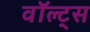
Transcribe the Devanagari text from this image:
वॉल्ट्स